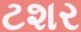
ટશર